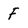
Character: F